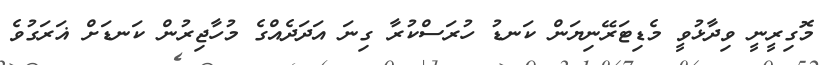
މޮގިރީނީ ވިދާޅުވީ މެޑިޓަރޭނިޔަން ކަނޑު ހުރަސްކުރާ ގިނަ އަދަދެއްގެ މުހާޖިރުން ކަނޑަށް ޣަރަގުވެ